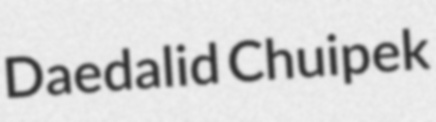
Daedalid Chuipek